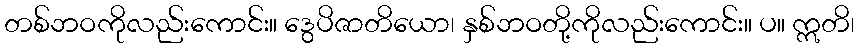
တစ်ဘဝကိုလည်းကောင်း။ ဒွေပိဇာတိယော၊ နှစ်ဘဝတို့ကိုလည်းကောင်း။ ပ။ ဣတိ၊